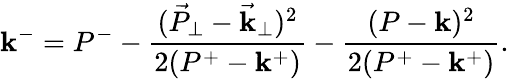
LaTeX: \mathbf{k}^{-}=P^{-}-\frac{{({\vec{{P}}_{\perp}}-{\vec{{\mathbf{k}}}_{\perp}})^{2}}}{{2(P^{+}-\mathbf{k}^{+})}}-\frac{{(P-\mathbf{k})^{2}}}{{2(P^{+}-\mathbf{k}^{+})}}.